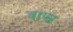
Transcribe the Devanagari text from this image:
वाप्स